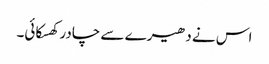
اس نے دھیرے سے چادر کھسکائی۔